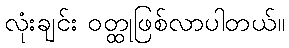
လုံးချင်း ဝတ္ထုဖြစ်လာပါတယ်။